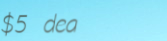
$5 deal